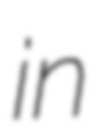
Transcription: in